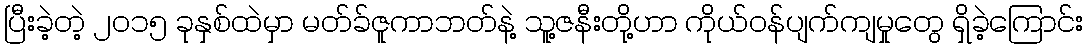
ပြီးခဲ့တဲ့ ၂၀၁၅ ခုနှစ်ထဲမှာ မတ်ခ်ဇူကာဘတ်နဲ့ သူ့ဇနီးတို့ဟာ ကိုယ်ဝန်ပျက်ကျမှုတွေ ရှိခဲ့ကြောင်း